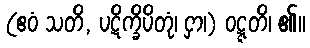
(ဧဝံ သတိ, ပဋိက္ခိပိတုံ၊ ငှာ၊) ဝဋ္ဋတိ၊ ၏။